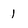
Character: 1